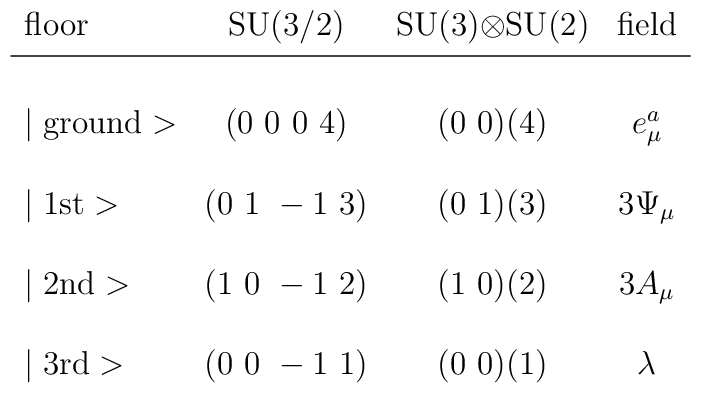
\begin{array}{lccc}\mbox{floor}     & \mbox{SU(3/2)} & \mbox{SU(3)$\otimes$SU(2)} & \mbox{field} \\\noalign{\vskip3pt}\noalign{\hrule}\noalign{\vskip3pt}\\\mid \mbox{ground}> & (0~0~0~4)  & (0~0)(4) & e_{\mu}^a \\\\\mid \mbox{1st}>    & (0~1~-1~3)  & (0~1)(3) & 3\Psi_{\mu}  \\\\\mid \mbox{2nd}>    & (1~0~-1~2)  & (1~0)(2) & 3A_{\mu}\\\\\mid \mbox{3rd}>    & (0~0~-1~1)  & (0~0)(1) & \lambda \\        \end{array}